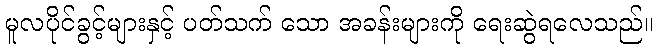
မူလပိုင်ခွင့်များနှင့် ပတ်သက် သော အခန်းများကို ရေးဆွဲရလေသည်။